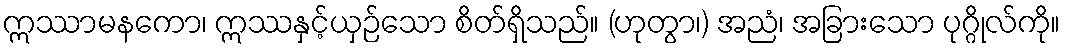
ဣဿာမနကော၊ ဣဿနှင့်ယှဉ်သော စိတ်ရှိသည်။ (ဟုတွာ၊) အညံ၊ အခြားသော ပုဂ္ဂိုလ်ကို။